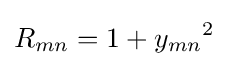
R_{mn}=1+{y_{mn}}^{2}